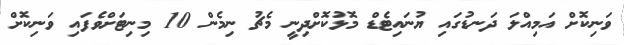
ވަނިކޮށް އަމިއްލަ ދަނޑުގައި ޔުނައިޓެޑް މޮޅުކޮށްދިނީ މެޗު ނިމެން 10 މިނިޓަށްވެފައި ވަނިކޮށް